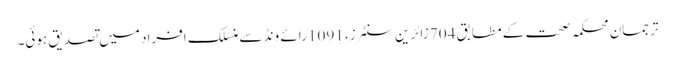
ترجمان محکمہ صحت کے مطابق 704 زائرین سنٹرز، 1091 رائے ونڈ سے منسلک افراد میں تصدیق ہوئی۔